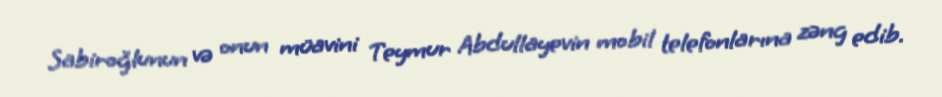
Sabiroğlunun və onun müavini Teymur Abdullayevin mobil telefonlarına zəng edib.